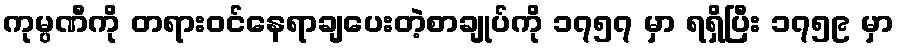
ကုမ္ပဏီကို တရားဝင်နေရာချပေးတဲ့စာချုပ်ကို ၁၇၅၇ မှာ ရရှိပြီး ၁၇၅၉ မှာ